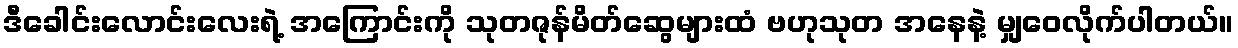
ဒီခေါင်းလောင်းလေးရဲ့ အကြောင်းကို သုတဇုန်မိတ်ဆွေများထံ ဗဟုသုတ အနေနဲ့ မျှဝေလိုက်ပါတယ်။